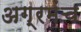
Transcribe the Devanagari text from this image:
अग्रमंच